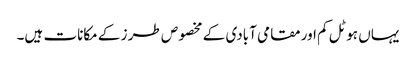
یہاں ہوٹل کم اور مقامی آبادی کے مخصوص طر ز کے مکانات ہیں۔